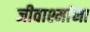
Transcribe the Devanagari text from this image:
जीवाश्मांना